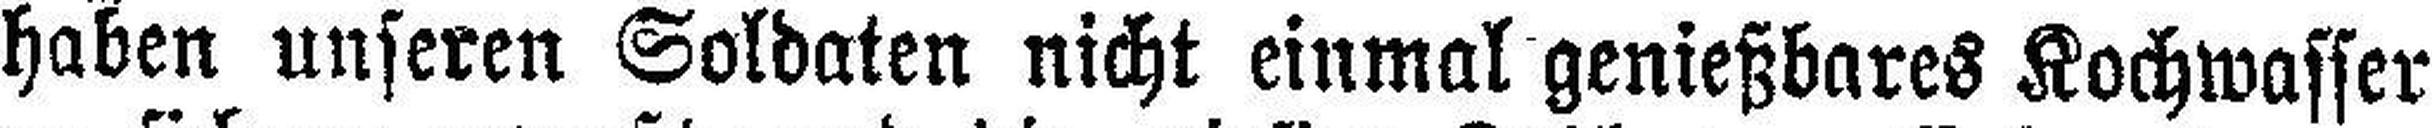
haben unseren Soldaten nicht einmal genießbares Kochwasser